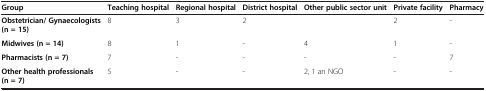
<table><thead><tr><td><b>Group</b></td><td><b>Teaching hospital</b></td><td><b>Regional hospital</b></td><td><b>District hospital</b></td><td><b>Other public sector unit</b></td><td><b>Private facility</b></td><td><b>Pharmacy</b></td></tr></thead><tbody><tr><td><b>Obstetrician/ Gynaecologists (n = 15)</b></td><td>8</td><td>3</td><td>2</td><td> </td><td>2</td><td>-</td></tr><tr><td><b>Midwives (n = 14)</b></td><td>8</td><td>1</td><td>-</td><td>4</td><td>1</td><td>-</td></tr><tr><td><b>Pharmacists (n = 7)</b></td><td>7</td><td>-</td><td>-</td><td>-</td><td>-</td><td>7</td></tr><tr><td><b>Other health professionals (n = 7)</b></td><td>5</td><td>-</td><td>-</td><td>2, 1 an NGO</td><td>-</td><td>-</td></tr></tbody></table>